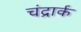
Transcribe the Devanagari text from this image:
चंद्रार्क